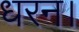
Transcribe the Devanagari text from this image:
धरन।